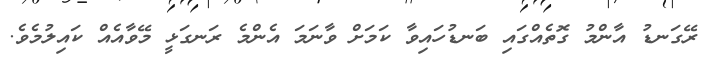
ރޭގަނޑު އާންމު ގޮތެއްގައި ބަނޑުހައިވާ ކަމަށް ވާނަމަ އެންމެ ރަނގަޅީ މޭވާއެއް ކައިލުމެވެ.